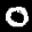
Label: 0